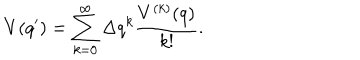
LaTeX: V ( q ^ { \prime } ) = \sum _ { k = 0 } ^ { \infty } \Delta q ^ { k } \frac { V ^ { ( k ) } ( q ) } { k ! } .